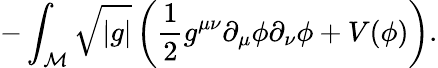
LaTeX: -\int_{\cal M}\sqrt{\left|g\right|}\left(\frac{1}{2}g^{\mu\nu}\partial_{\mu}\phi\partial_{\nu}\phi+V(\phi)\right).